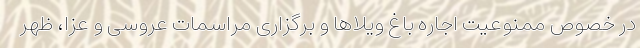
در خصوص ممنوعیت اجاره باغ ویلاها و برگزاری مراسمات عروسی و عزا، ظهر